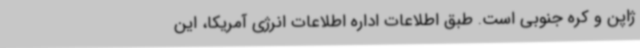
ژاپن و کره جنوبی است. طبق اطلاعات اداره اطلاعات انرژی آمریکا، این